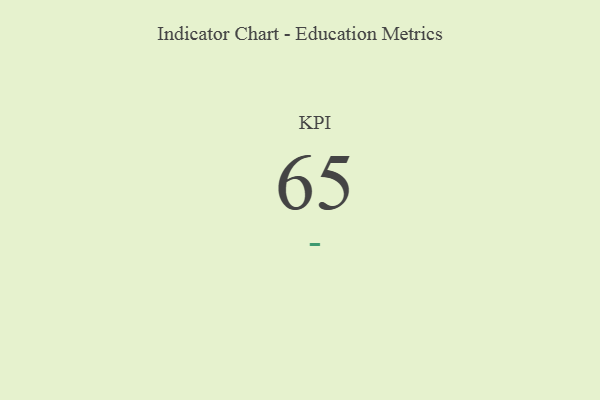
{"axis": {"x": "KPI", "y": "Value"}, "legend": [""], "data": [{"x": "KPI", "y": 65, "type": ""}]}